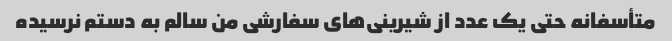
متأسفانه حتی یک عدد از شیرینی‌های سفارشی من سالم به دستم نرسیده